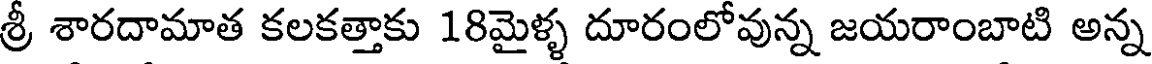
శ్రీ శారదామాత కలకత్తాకు 18మైళ్ళ దూరంలోవున్న జయరాంబాటి అన్న